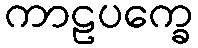
ကာဠပက္ခေ